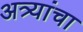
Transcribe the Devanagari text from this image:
अत्र्यांचा